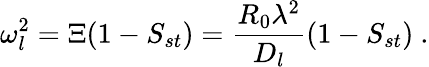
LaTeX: \omega_{l}^{2}=\Xi(1-S_{st})=\frac{R_{0}\lambda^{2}}{D_{l}}(1-S_{st})\ .